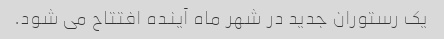
یک رستوران جدید در شهر ماه آینده افتتاح می شود.